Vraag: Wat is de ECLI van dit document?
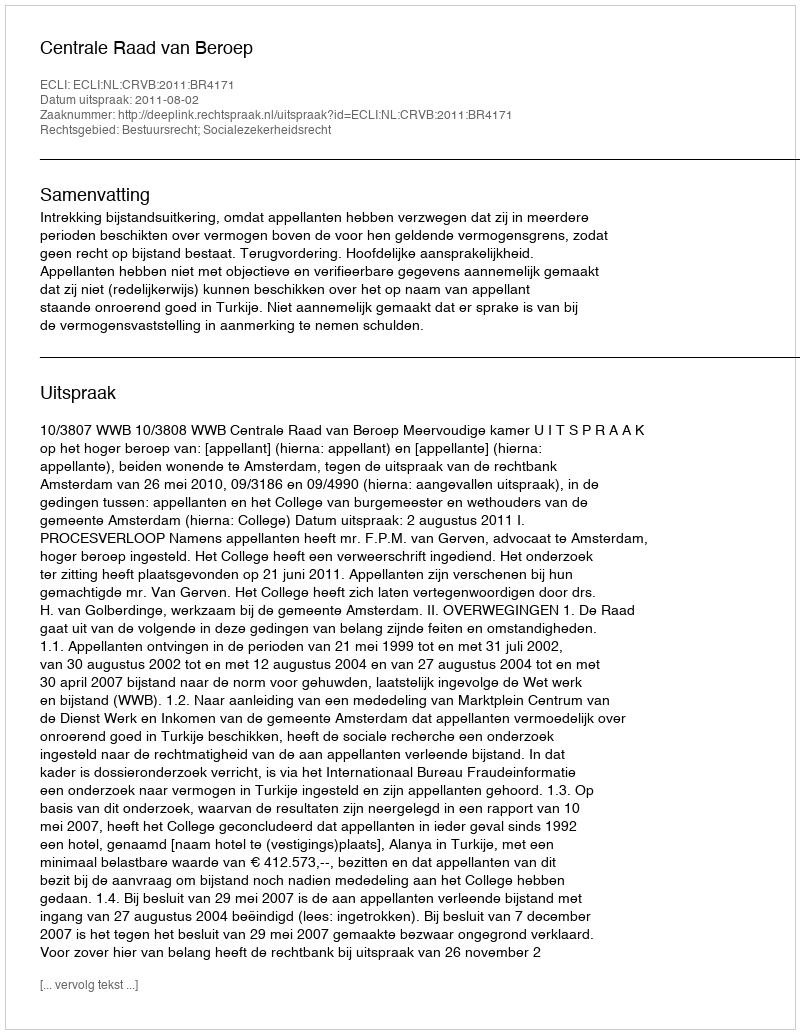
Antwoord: ECLI:NL:CRVB:2011:BR4171